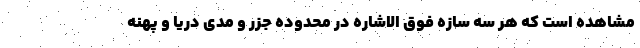
مشاهده است که هر سه سازه فوق الاشاره در محدوده جزر و مدی دریا و پهنه